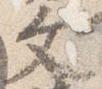
文